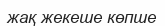
жақ жекеше көпше